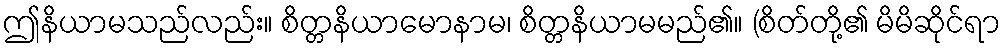
ဤနိယာမသည်လည်း။ စိတ္တနိယာမောနာမ၊ စိတ္တနိယာမမည်၏။ (စိတ်တို့၏ မိမိဆိုင်ရာ